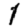
Digit: 1